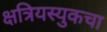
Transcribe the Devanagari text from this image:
क्षत्रियस्युकचा